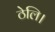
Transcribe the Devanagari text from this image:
ठेलि।